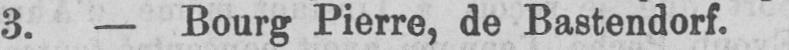
3. - Bourg Pierre, de Bastendorf.